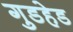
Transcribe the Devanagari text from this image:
गुडहेड